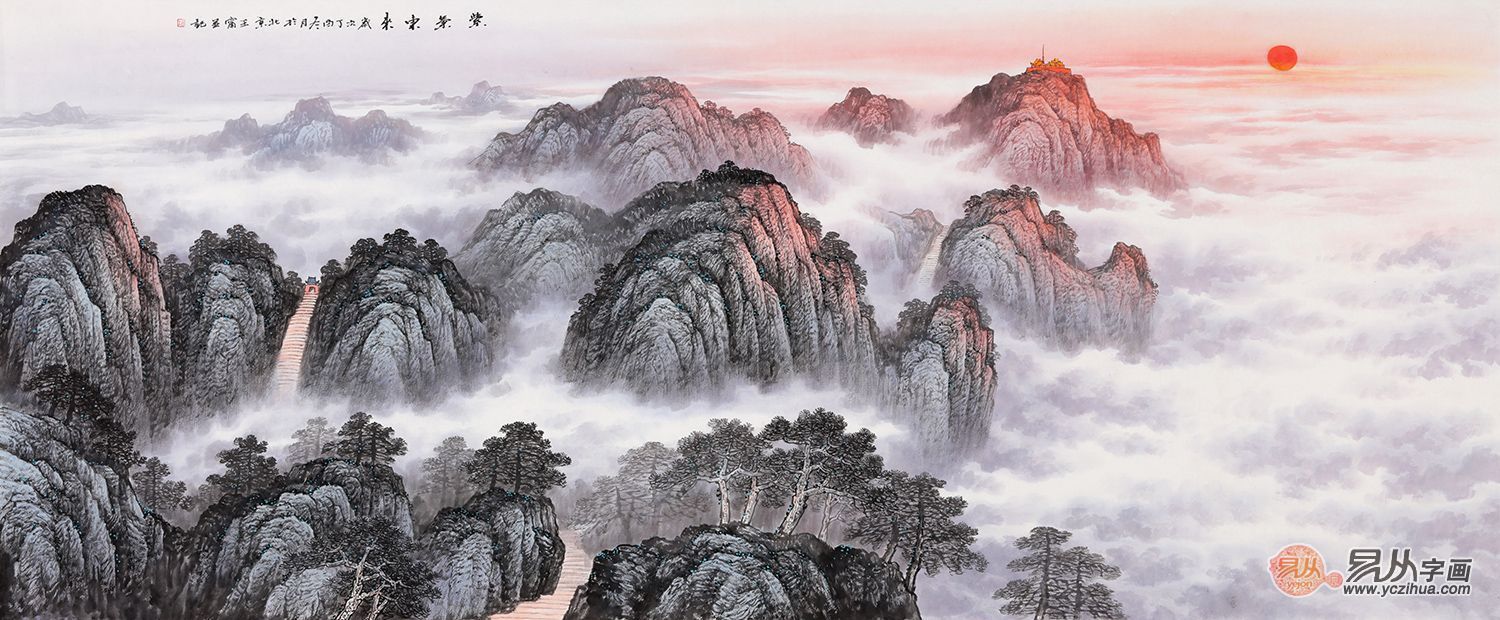
出于其类，拔乎其萃。